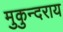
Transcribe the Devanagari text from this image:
मुकुन्दराय